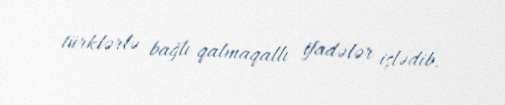
türklərlə bağlı qalmaqallı ifadələr işlədib.